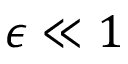
\epsilon \ll 1